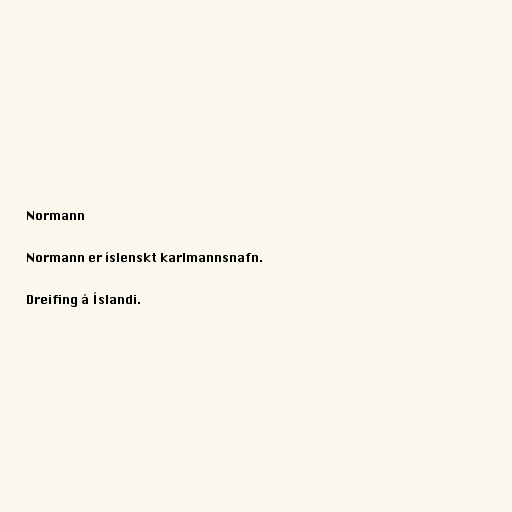
Normann

Normann er íslenskt karlmannsnafn.

Dreifing á Íslandi.